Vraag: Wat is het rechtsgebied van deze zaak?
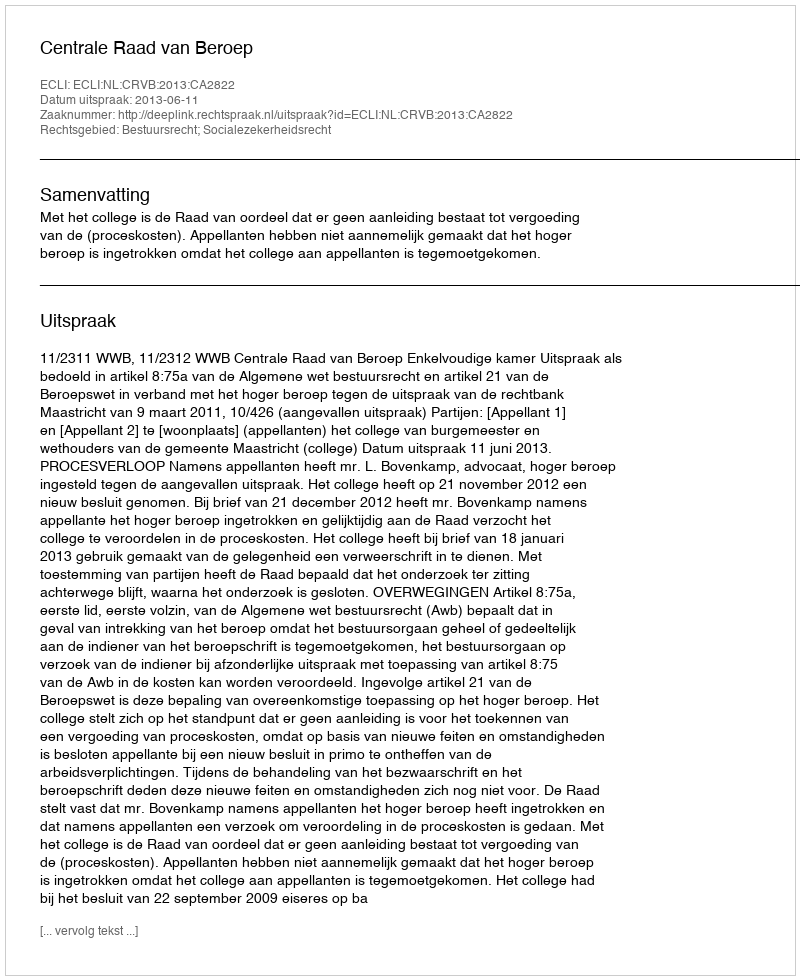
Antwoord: Bestuursrecht; Socialezekerheidsrecht